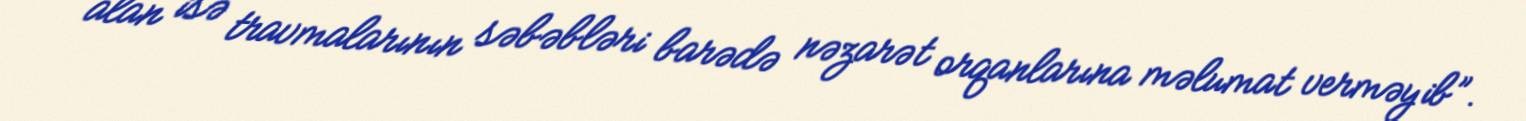
alan isə travmalarının səbəbləri barədə nəzarət orqanlarına məlumat verməyib”.